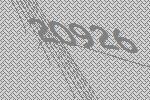
20926